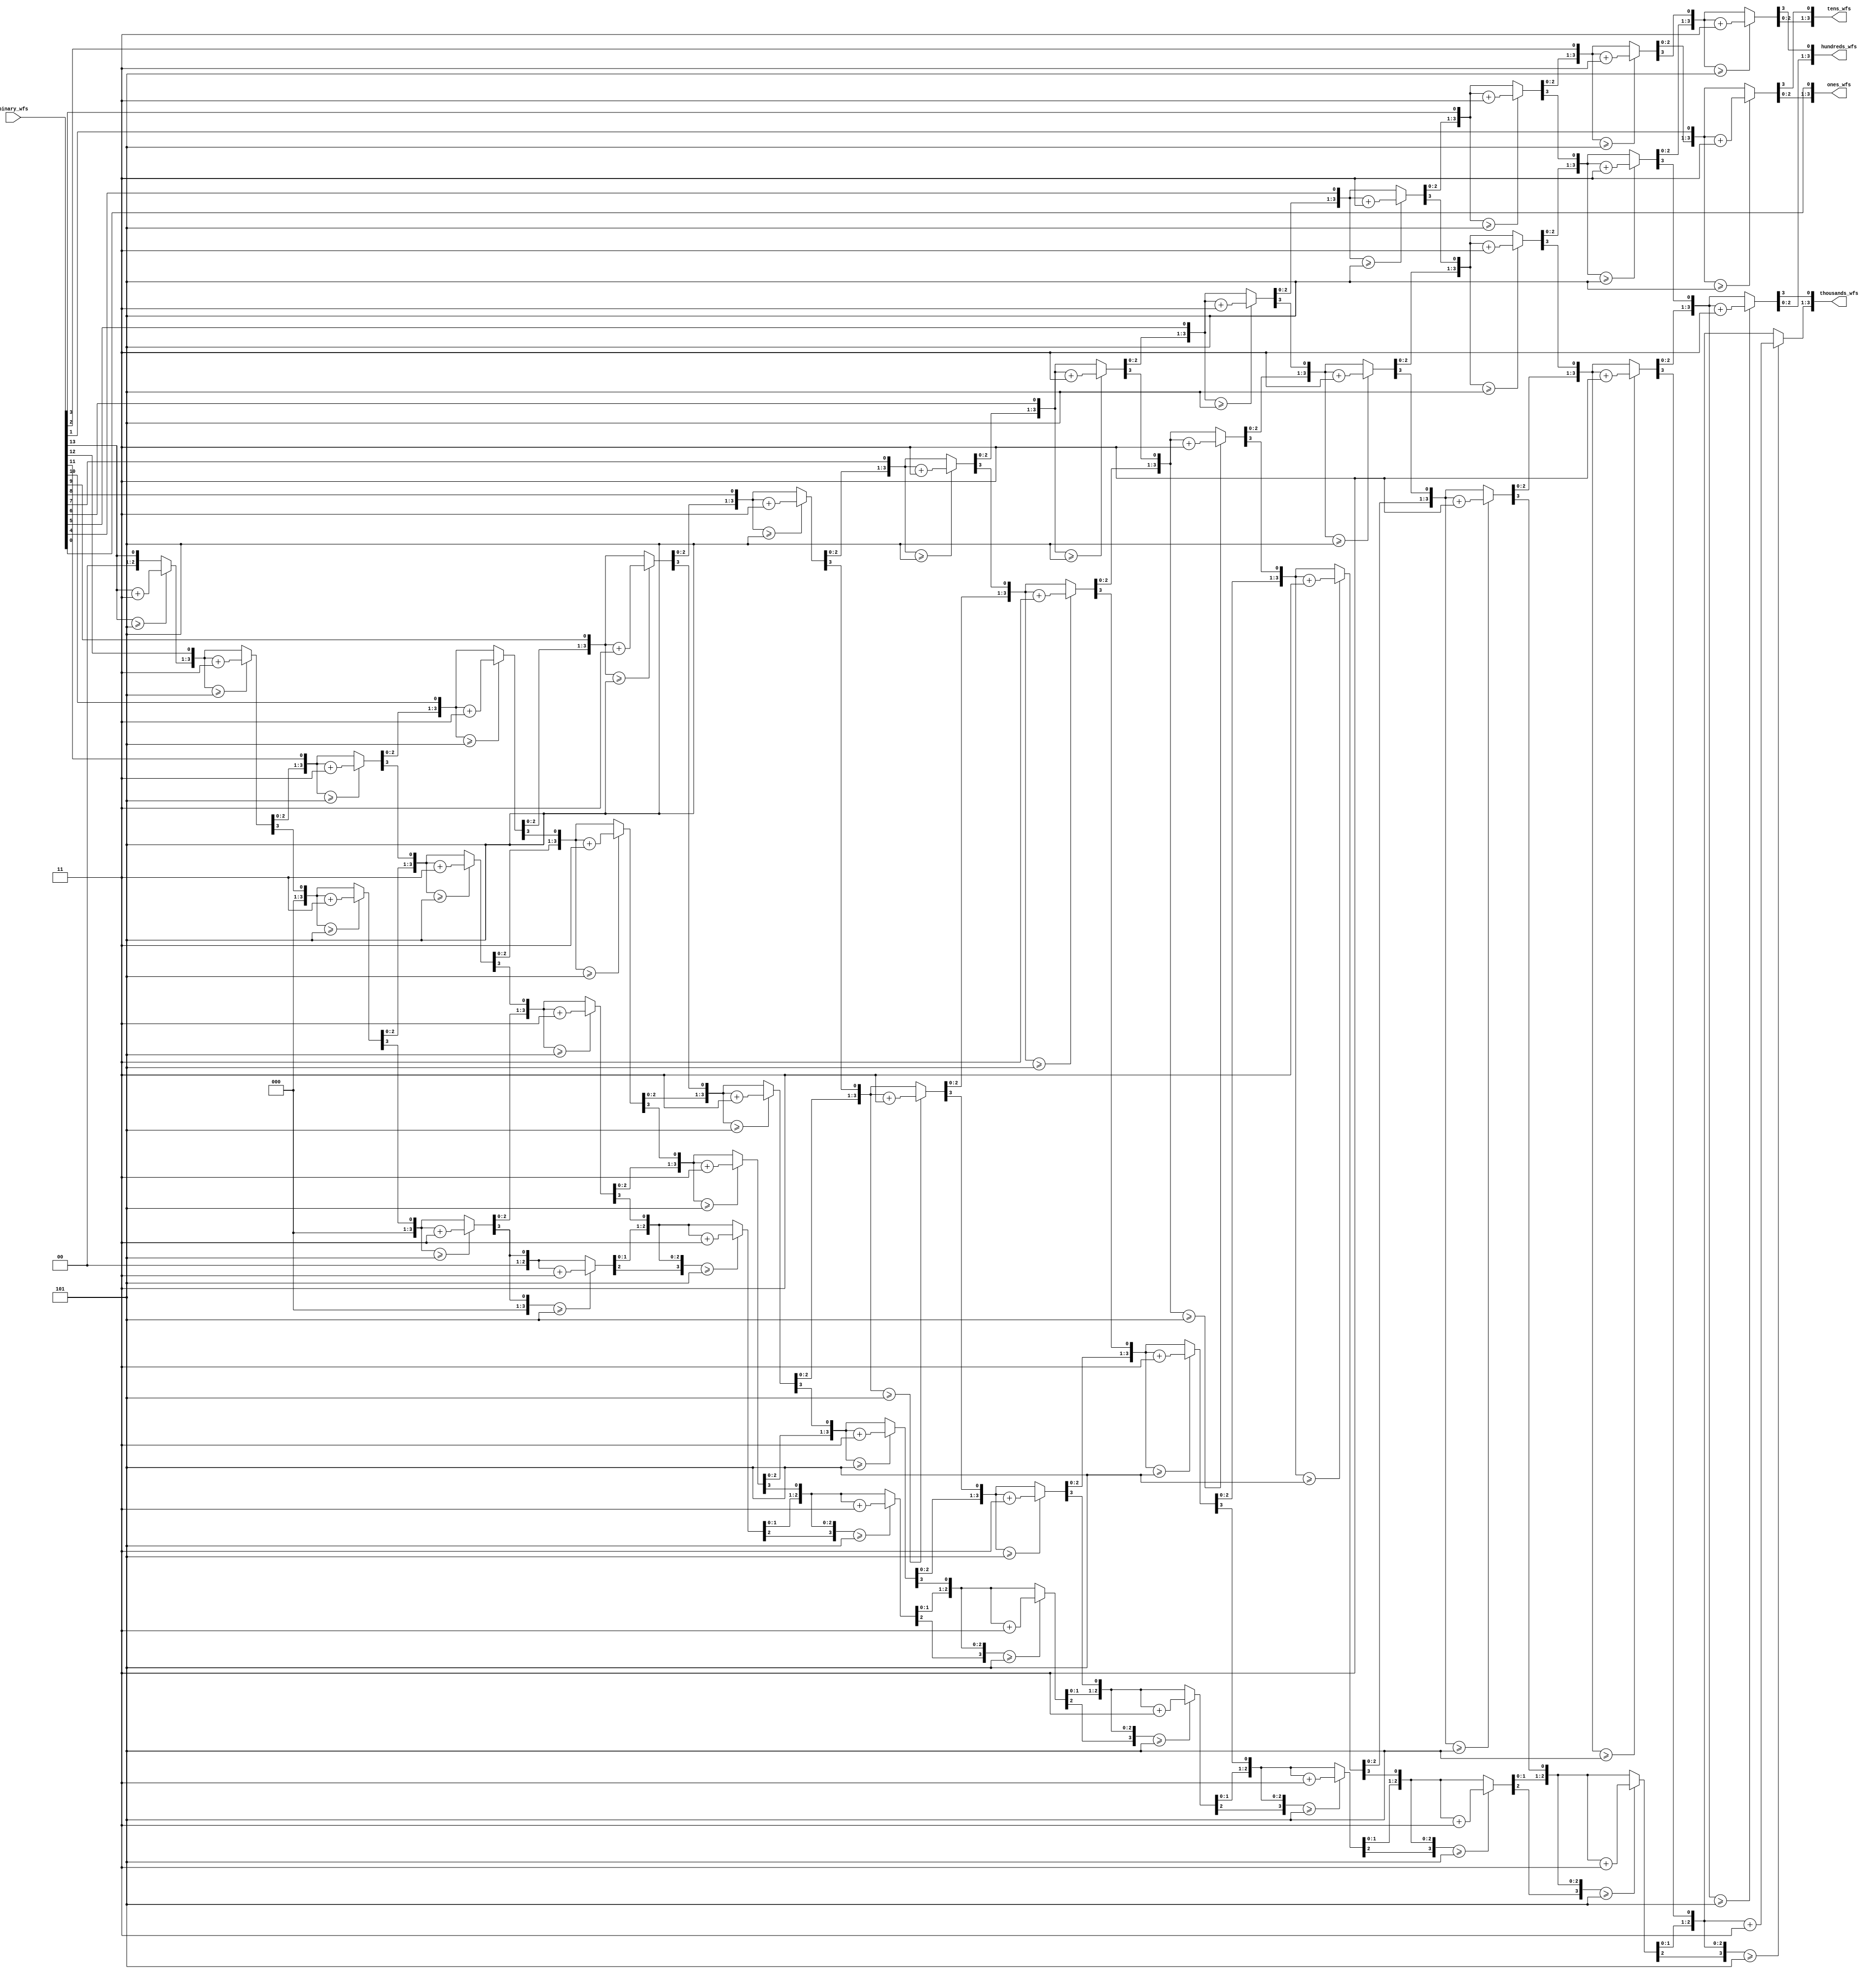
module binary2BCD_wfs(
  input [13:0] binary_wfs,
  output reg [3:0] thousands_wfs,
  output reg [3:0] hundreds_wfs,
  output reg [3:0] tens_wfs,
  output reg [3:0] ones_wfs
  ); 
  
  reg [29:0] shifter_wfs; 
  integer i_wfs;
 
  always @(binary_wfs) 
  begin 
    shifter_wfs[13:0] = binary_wfs;
    shifter_wfs[29:14] = 0; 
    
    for (i_wfs = 0; i_wfs < 14; i_wfs = i_wfs + 1) begin 
        if (shifter_wfs[17:14] >= 5) 
            shifter_wfs[17:14] = shifter_wfs[17:14] + 3; 
        if (shifter_wfs[21:18] >= 5)             
            shifter_wfs[21:18] = shifter_wfs[21:18] + 3;
        if (shifter_wfs[25:22] >= 5)             
            shifter_wfs[25:22] = shifter_wfs[25:22] + 3; 
        if (shifter_wfs[29:26] >= 5)              
            shifter_wfs[29:26] = shifter_wfs[29:26] + 3; 
        shifter_wfs = shifter_wfs  << 1;    
    end  
    
    thousands_wfs = shifter_wfs[29:26];
    hundreds_wfs = shifter_wfs[25:22];
    tens_wfs = shifter_wfs[21:18];
    ones_wfs = shifter_wfs[17:14];
  end

endmodule